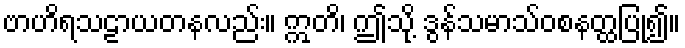
ဗာဟိရသဠာယတနလည်း။ ဣတိ၊ ဤသို့ ဒွန်သမာသ်ဝစနတ္ထပြု၍။